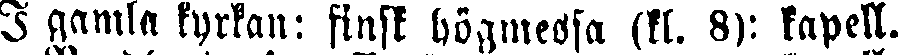
I gamla kyrkan: finsk högmessa (kl. 8): kapell.